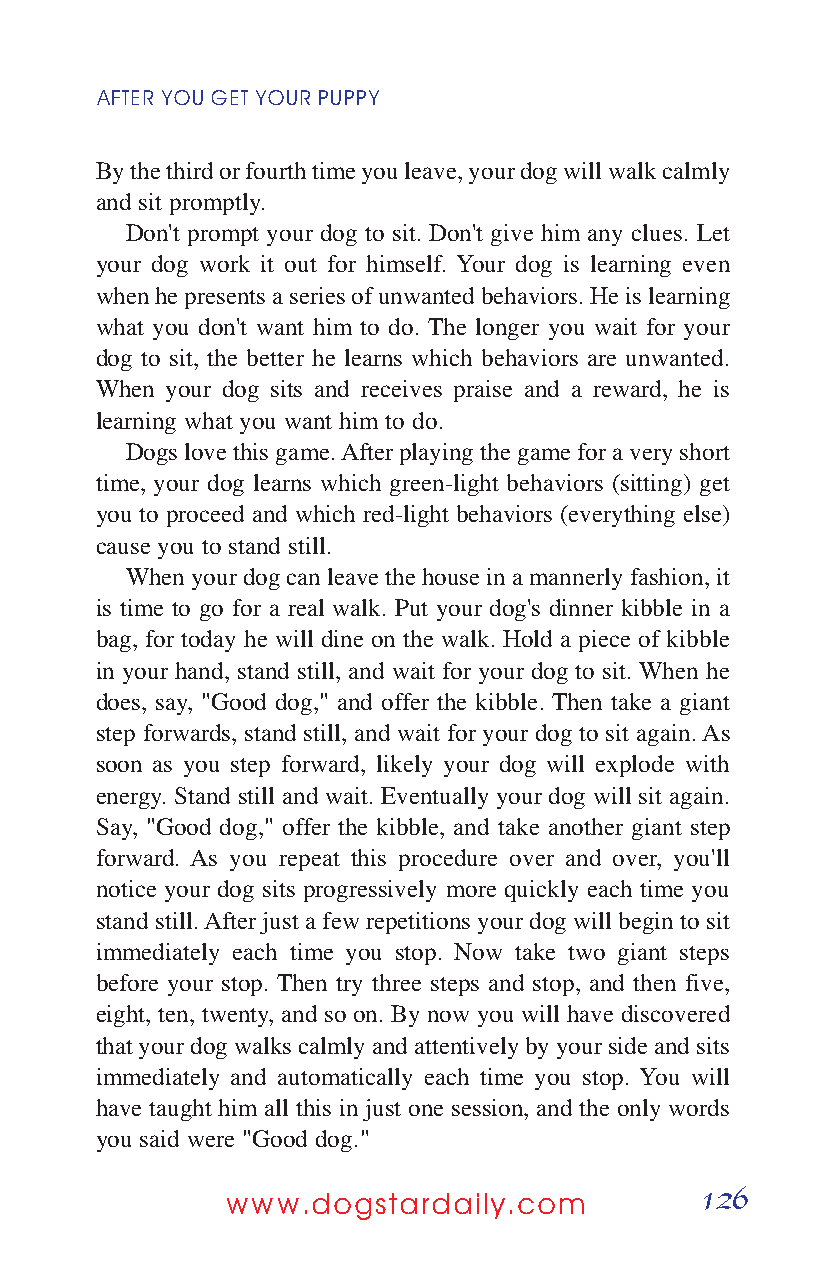
AFTER YOUGETYOURPUPPY
 By the third or fourth time you leave, your dog will walk calmly
 and sit promptly.
 Don't prompt your dog to sit. Don't give him any clues. Let
 your dog work it out for himself. Your dog is learning even
 when he presents a series of unwanted behaviors. He is learning
 what you don't want him to do. The longer you wait for your
 dog to sit, the better he learns which behaviors are unwanted.
 When your dog sits and receives praise and a reward, he is
 learning what you want him to do.
 Dogs love this game. After playing the game for a very short
 time, your dog learns which green-light behaviors (sitting) get
 you to proceed and which red-light behaviors (everything else)
 cause you to stand still.
 When your dog can leave the house in a mannerly fashion, it
 is time to go for a real walk. Put your dog's dinner kibble in a
 bag, for today he will dine on the walk. Hold a piece of kibble
 in your hand, stand still, and wait for your dog to sit. When he
 does, say, "Good dog," and offer the kibble. Then take a giant
 step forwards, stand still, and wait for your dog to sit again. As
 soon as you step forward, likely your dog will explode with
 energy. Stand still and wait. Eventually your dog will sit again.
 Say, "Good dog," offer the kibble, and take another giant step
 forward. As you repeat this procedure over and over, you'll
 notice your dog sits progressively more quickly each time you
 stand still. After just a few repetitions your dog will begin to sit
 immediately each time you stop. Now take two giant steps
 before your stop. Then try three steps and stop, and then five,
 eight, ten, twenty, and so on. By now you will have discovered
 that your dog walks calmly and attentively by your side and sits
 immediately and automatically each time you stop. You will
 have taught him all this in just one session, and the only words
 you said were "Good dog."
 126
 www.dogstardaily.com